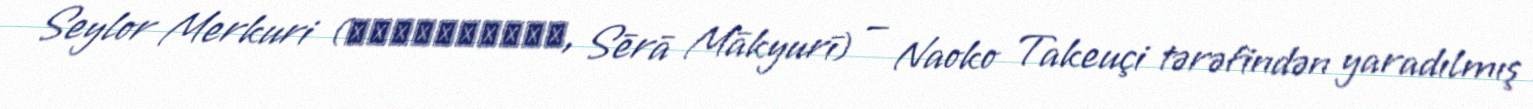
Seylor Merkuri (セーラーマーキュリー, Sērā Mākyurī) — Naoko Takeuçi tərəfindən yaradılmış